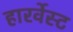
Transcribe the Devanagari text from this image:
हारर्वेस्ट